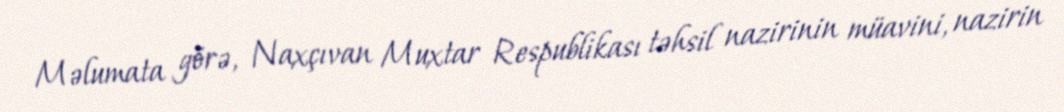
Məlumata görə, Naxçıvan Muxtar Respublikası təhsil nazirinin müavini, nazirin